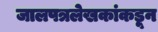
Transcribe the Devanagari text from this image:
जालपत्रलेखकांकडून